Vital statistics of India. Vol. IV, Annual returns from 1871 to 1876. British Army of India, Native Army and jails of Bengal
Year: 1871
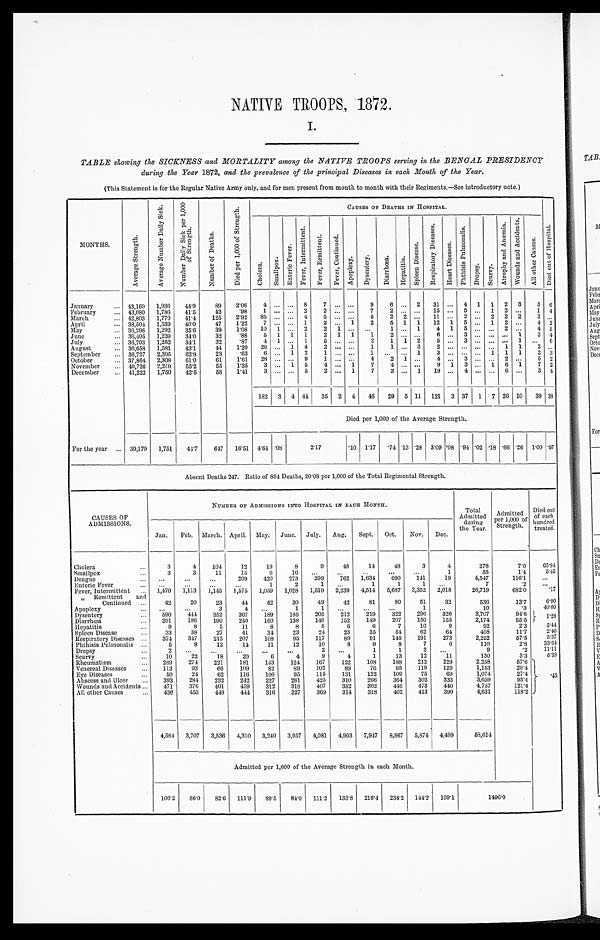
NATIVE TROOPS, 1872.
I.
TABLE showing the SICKNESS and MORTALITY among the NATIVE TROOPS serving in the BENGAL PRESIDENCY
during the Year 1872, and the prevalence of the principal Diseases in each Month of the Year.
(This Statement is for the Regular Native Army only, and for men present from month to month with their Regiments.—See introductory note.)
MONTHS.
A v e r a g e S t r e n g t h .
A v e r a g e N u m b e r D a i l y S i c k .
N u m b e r D a i l y S i c k p e r 1 , 0 0 0 o f S t r e n g t h .
N u m b e r o f D e a t h s .
D i e d p e r 1 , 0 0 0 o f S t r e n g t h .
CAUSES OF DEATHS IN HOSPITAL.
D i e d o u t o f H o s p i t a l .
C h o l e r a .
S m a l l p o x . E n t e r i c F e v e r .
F e v e r , I n t e r m i t t e n t .
F e v e r , R e m i t t e n t .
F e v e r , C o n t i n u e d .
A p o p l e x y .
D y s e n t e r y .
D i a r r h œ a . H e p a t i t i s .
S p l e e n D i s e a s e .
R e s p i r a t o r y D i s e a s e s .
H e a r t D i s e a s e s .
P h t h i s i s P u l m o n a l i s .
D r o p s y .
S c u r v y .
A t r o p h y a n d A n æ m i a .
W o u n d s a n d A c c i d e n t s .
A l l o t h e r C a u s e s .
January . . .
43,160 1,936 44.9
89
2.06 4
. . . . . . 8
7
. . . . . .
9
6
. . . 2 31
. . . 4 1 1 2 3
5 6
February . . .
43,080 1,786 41.5
42
.98
1
. . . . . . 2
2
. . . . . .
7
2
. . . . . . 15
. . . 5
. . . 1 2 . . . 1 4
March . . .
42,803 1,770 41.4
125
2.92 85
. . . . . . 4
5
. . . . . .
5
2 2
. . . 11
. . . 2
. . . 2 2 2
3 . . .
April . . .
38,504 1,539 40.0
47
1.22
7
. . . . . . 1
2
. . . 1
2
5 1 1 12 1 5
. . . 1 2 . . . 4 2
May . . .
36,296 1,292 35.6
39
1.08 10 1 . . . 2
2 1 . . .
. . . 1
. . . 1
4 1 5
. . . . . . 2 . . . 4 5
June . . .
36,405 1,239 34.0
32
.88
5 1 1 1
2 1 1
1
2 . . . . . . 6
. . . 3
. . . . . . . . . 1
3 4
July . . .
36,703 1,252 34.1
32
.87
4 1 . . . 1
5
. . . . . .
2
1 1 2
5
. . . 3
. . . . . . . . . 1 . . .
6
August . . .
36,658 1,581
43.1
44
1.20 26
. . . 1 4
2
. . . . . .
1
1 . . . 3 2
. . . . . . . . . . . . 1 1
2
. . .
September . . . 36,727 2,305 62.8
23
.63
6 . . . 1 2
1
. . . . . . 1
. . .
. . . 1
3
. . . . . . . . . 1 1 1
2 3
October . . .
37,864 2,308 61.0
61
1.61 28
. . . . . . 9
1
. . . . . . 4
2 1
. . . 4
. . . 3 . . . . . . 2 . . .
5 2
November . . . 40,726 2,250 55.2
55
1..35 3 . . . 1 5
4
. . . 1
7
4 . . . . . . 9 1 3
. . . 1 6 1
7 2
December . . . 41,222 1,750 42.5
58
1.41
3
. . . . . . 5
2
. . . 1
7
3
. . . 1 19
. . . 4
. . . . . . 6 . . . 3 4
182 3 4 44 35 2 4 46 29 5 11 121 3 37 1 7 26 10 39 3 8
Died per 1,000 of the Average Strength.
For the year . . . 39,179 1,751
44.7
647 16.51 4.64 .08
2 . 1 7
.10 1.17 .74 .13 .28 3.09 .08 .94 .02 .18 .66 .26 1.00 .97
Absent Deaths 247. Ratio of 894 Deaths, 20.08 per 1,000 of the Total Regimental Strength.
CAUSES OF
ADMISSIONS.
NUMBER OF ADMISSIONS INTO HOSPITAL IN EACH MONTH.
Total
Admitted
during the Year.
Admitted
per 1,000 of
Strength.
Died out
of each
hundred
treated.
Jan. Feb. March. April. May. June. July. Aug. Sept. Oct. Nov. Dec.
Cholera . . .
3
4
104
12
19
8
9
48
14
48
3
4
276
7.0
65.94
Smallpox . . .
3
3
11
15
6
16
. . .
. . .
. . .
. . .
. . .
1
55
1.4
5. 45
Dengue . . .
. . .
. . .
. . .
209
420
273
399
762 1,634
690
141
19
4,547
116.1
. . .
Enteric Fever . . .
. . .
. . .
. . .
. . .
1
2
1
. . .
1
1
1
. . .
7
. 2
. . .
Fever, Intermittent . . . 1,470 1,113 1,145 1,575 1,059 1,028 1,519 2,239 4,514 5,687 3,352 2,018
26,719
682.0
.17
" Remittent and
Continued . . .
42
20
23
44
42
30
49
42
81
80
51
32
536
13.7
6.90
Apoplexy . . .
. . .
. . .
3
4
. . .
1
1
. . .
. . .
. . .
1
. . .
10
.3
40.00
Dysentery . . .
590
444 352
367
189
185
205
212
219
322
296
326
3,707
94.6
1 . 2
8
Diarrhœa . . .
291
196
190
240
160
138
146
152
149
207
150
155
2,174
55.5
Hepatitis . . .
9
8
5
11
8
3
5
6
6
7
10
9
92
2.3
5.44
Spleen Disease . . .
3 3 38
27
41
34
23
24
23
35
54
62
64
458
11.7
2.40
Respiratory Diseases . . .
374
347
215
207
108
95
117
89
91
145
191
273
2,252
57.5
5.37
Phthisis Pulmonalis . . .
5
8
12
14
11
12
10
8
9
8
7
6
110
2.8
33.64
Dropsy . . .
2
. . .
. . .
. . .
. . .
. . .
2
. . .
1
1
3
. . .
9
.2
11.11
Scurvy . . .
1 0 22
18
20
6
4
9
4
1
13
12
11
130
3.3
5.38
Rheumatism . . .
289
274
221
181
143
124
167
122
108 188
212 229
2,258
57.6
.45
Venereal Diseases . . .
113
93
66
109
82
89
102
89
76
95
119
120
1,153
29.4
Eye Diseases . . .
50
24
62
116
106
95
115
131
122
109
75
69
1,074
27.4
Abscess and Ulcer . . .
393
284 232
242
227 281
425
310
266
364
302
333
3,659
93.4
Wounds and Accidents . . .
471
376
401
459
312
318
407
352
302 446 473
440
4,757
121.4
All other Causes . . .
436
453
449
444 316
327
369
314
318
402
413
390
4,631
118.2
4,584 3,707 3,536 4,310 3,249 3,057 4,081 4,903 7,947 8,867 5,874 4,499
58,614
Admitted per 1,000 of the Average Strength in each Month.
106.2 86.0 82.6 111.9 89.5
84.0 111.2 133.8 216.4 234.2 144.2 109.1
1 4 9 6 . 0